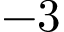
- 3